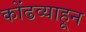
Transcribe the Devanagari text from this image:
कोंढव्याहून